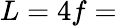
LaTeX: L=4f=